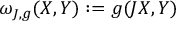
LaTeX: \omega _ { J , g } ( X , Y ) : = g ( J X , Y )